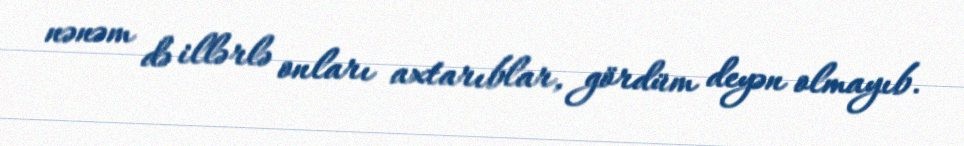
nənəm də illərlə onları axtarıblar, gördüm deyən olmayıb.